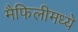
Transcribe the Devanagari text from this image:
मैफिलीमध्ये